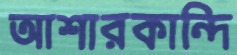
আশারকান্দি